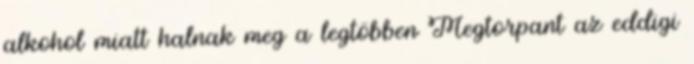
alkohol miatt halnak meg a legtöbben Megtorpant az eddigi